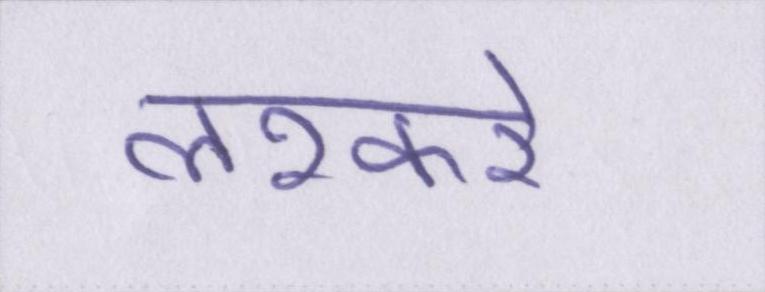
लश्करे